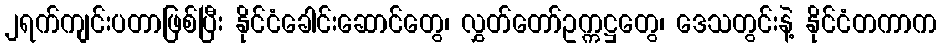
၂ရက်ကျင်းပတာဖြစ်ပြီး နိုင်ငံခေါင်းဆောင်တွေ၊ လွှတ်တော်ဥက္ကဋ္ဌတွေ၊ ဒေသတွင်းနဲ့ နိုင်ငံတကာက